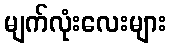
မျက်လုံးလေးများ